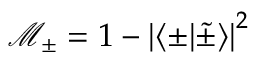
\mathcal { M } _ { \pm } = 1 - \left| \langle \pm | \widetilde { \pm } \rangle \right| ^ { 2 }